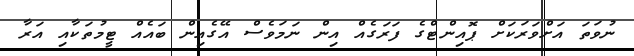
ނުވަތަ އަށްވަރަކަށް ޕޮއިންޓްގެ ފަރަގެއް އިން ނަމަވެސް އޭގެއިން ބައެއް ޓީމުތަކާއި އަރާ